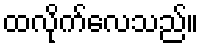
ထလိုက်လေသည်။